Civil Veterinary Dept. Bombay admin report 1893-99 - 1893-1899
Year: 1893
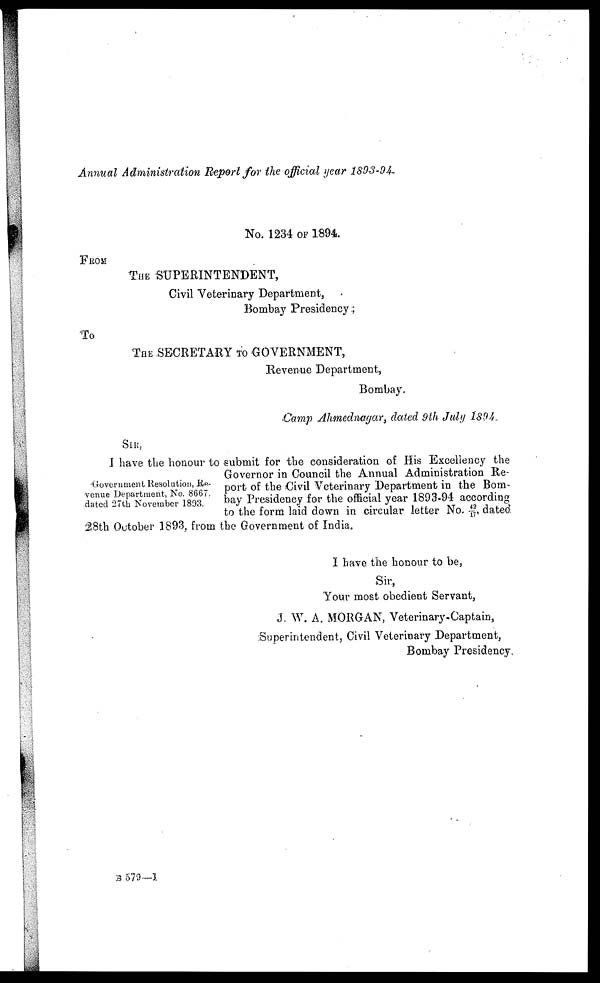
Annual Administration Report for the official year 1893-94.
No. 1234 OF 1894.
FROM
THE SUPERINTENDENT,
Civil Veterinary Department,
Bombay Presidency;
To
THE SECRETARY TO GOVERNMENT,
Revenue Department,
Bombay,
Camp Ahmednagar, dated 9th July 1894.
Government Resolution, Re-
venue Department, No. 8667.
dated 27th November 1893.
SIR,
I have the honour to submit for the consideration of His Excellency the
Governor in Council the Annual Administration Re-
port of the Civil Veterinary Department in the Bom-
bay Presidency for the official year 1893-94 according
to the form laid down in circular letter No. 42/17, dated.
28th October 1893, from the Government of India.
I have the honour to be,
Sir,
Your most obedient Servant,
J. W. A. MORGAN, Veterinary-Captain,
Superintendent, Civil Veterinary Department,
Bombay Presidency
B 579—1